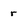
Character: r